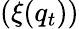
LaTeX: (\xi(q_{t}))